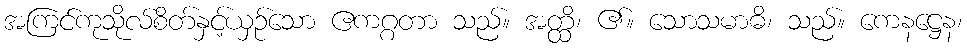
အကြင်ကုသိုလ်စိတ်နှင့်ယှဉ်သော ဧကဂ္ဂတာ သည်။ အတ္ထိ၊ ၏။ သောသမာဓိ၊ သည်။ ကေနဋ္ဌေန၊